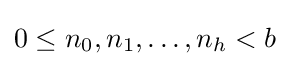
0\leq n_{0},n_{1},\ldots ,n_{h}<b